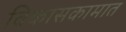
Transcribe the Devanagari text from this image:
विकासकामात